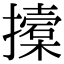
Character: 𢷌